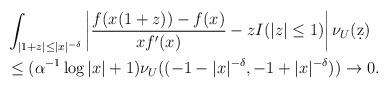
LaTeX: \begin{align*}& \int_{|1+z| \leq |x|^{-\delta} } \left| \frac{f(x(1+z)) - f(x)}{x f'(x)} - z I(|z| \leq 1)\right| \nu_U(\d z) \\& \leq (\alpha^{-1} \log |x| + 1) \nu_U ((-1-|x|^{-\delta}, -1+|x|^{-\delta})) \to 0.\end{align*}